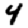
Digit: 4